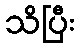
သိပြီး